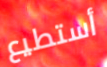
أستطيع